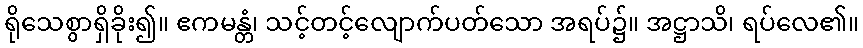
ရိုသေစွာရှိခိုး၍။ ဧကမန္တံ၊ သင့်တင့်လျောက်ပတ်သော အရပ်၌။ အဋ္ဌာသိ၊ ရပ်လေ၏။